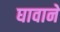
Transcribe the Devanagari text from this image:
घावाने